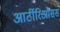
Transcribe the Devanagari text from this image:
आर्टीरिओसस